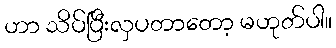
ဟာ သိပ်ပြီးလှပတာတော့ မဟုတ်ပါ။